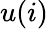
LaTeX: u(i)